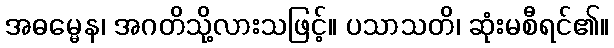
အဓမ္မေန၊ အဂတိသို့လားသဖြင့်။ ပသာသတိ၊ ဆုံးမစီရင်၏။